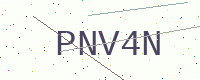
Text: PNV4N